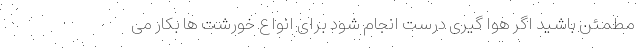
مطمئن باشید اگر هوا گیری درست انجام شود برای انواع خورشت ها بکار می